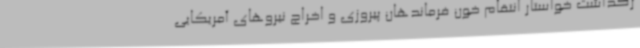
رگداشت خواستار انتقام خون فرماندهان پیروزی و اخراج نیروهای آمریکایی